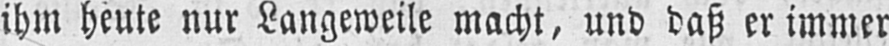
ihm heute nur Langeweile macht, und daß er immer